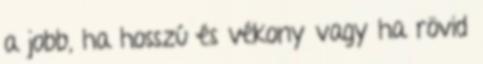
a jobb, ha hosszú és vékony vagy ha rövid